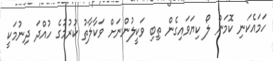
ހަމައެކަނި ކޮމަން ލޯ ކިޔަވައިގެން ތިބި ވަކީލުންނަށް ވަކާލާތު ކުރުމުގެ ހުއްދަ ދިނުމަކީ